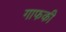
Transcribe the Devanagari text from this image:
गाफकी